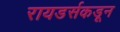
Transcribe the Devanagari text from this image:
रायडर्सकडून